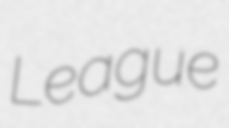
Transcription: League